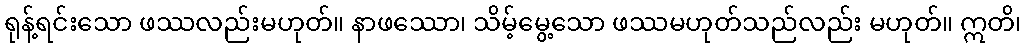
ရုန့်ရင်းသော ဖဿလည်းမဟုတ်။ နာဖဿော၊ သိမ့်မွေ့သော ဖဿမဟုတ်သည်လည်း မဟုတ်။ ဣတိ၊